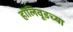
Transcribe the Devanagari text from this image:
हॉलिवूडच्या